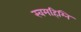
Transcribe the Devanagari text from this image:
स्वमहिम्नि